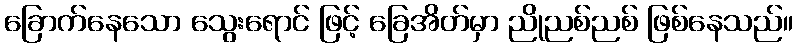
ခြောက်နေသော သွေးရောင် ဖြင့် ခြေအိတ်မှာ ညိုညစ်ညစ် ဖြစ်နေသည်။